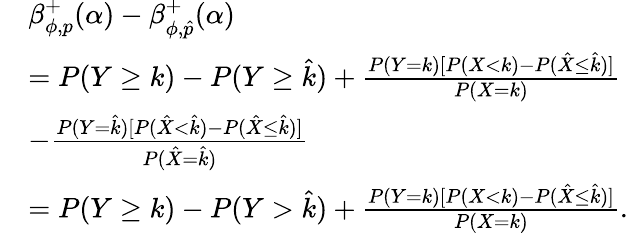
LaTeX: \begin{array}{rl}&{\beta_{\phi,p}^{+}(\alpha)-\beta_{\phi,\hat{p}}^{+}(\alpha)}\\ &{=P(Y\geq k)-P(Y\geq\hat{k})+\frac{P(Y=k)[P(X<k)-P(\hat{X}\leq\hat{k})]}{P(X=k)}}\\ &{-\frac{P(Y=\hat{k})[P(\hat{X}<\hat{k})-P(\hat{X}\leq\hat{k})]}{P(\hat{X}=\hat{k})}}\\ &{=P(Y\geq k)-P(Y>\hat{k})+\frac{P(Y=k)[P(X<k)-P(\hat{X}\leq\hat{k})]}{P(X=k)}.}\end{array}